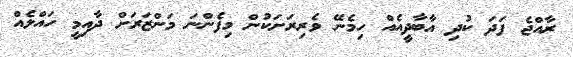
ރާއްޖެ ފަދަ ކުދި އާބާދީއެއް ހިމެނޭ ވެރިރަށަކުން މިފެންނަ މަންޒަރަށް ދާއިމީ ހައްލެއް